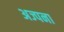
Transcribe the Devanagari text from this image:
अज्पना